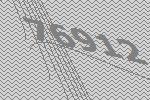
76912